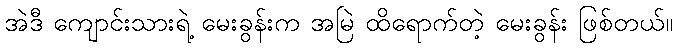
အဲဒီ ကျောင်းသားရဲ့ မေးခွန်းက အမြဲ ထိရောက်တဲ့ မေးခွန်း ဖြစ်တယ်။